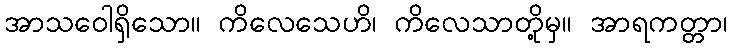
အာသဝေါရှိသော။ ကိလေသေဟိ၊ ကိလေသာတို့မှ။ အာရကတ္တာ၊